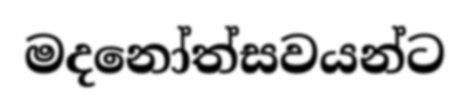
මදනෝත්සවයන්ට